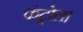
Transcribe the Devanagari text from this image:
कंट्रोल।